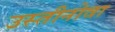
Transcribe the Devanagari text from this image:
उस्तीनोवा